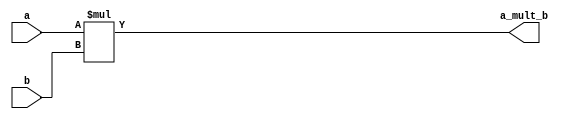

module multer(a, b, 
				a_mult_b);
	input wire[31:0] a, b;
	output wire[63:0] a_mult_b;

	assign a_mult_b = a * b;

endmodule // multer